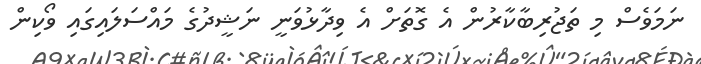
ނަމަވެސް މި ތަޖުރިބާކާރުން އެ ގޮތަށް އެ ވިދާޅުވަނީ ނަޝީދުގެ މައްސަލައިގައި ވޯކިން